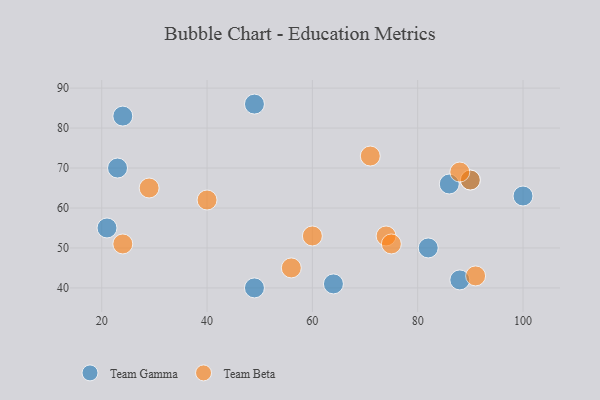
{"axis": {"x": "GDP", "y": "Life Expectancy"}, "legend": ["Team Beta", "Team Gamma"], "data": [{"x": "82", "y": 50, "type": "Team Gamma"}, {"x": "24", "y": 83, "type": "Team Gamma"}, {"x": "21", "y": 55, "type": "Team Gamma"}, {"x": "86", "y": 66, "type": "Team Gamma"}, {"x": "49", "y": 86, "type": "Team Gamma"}, {"x": "100", "y": 63, "type": "Team Gamma"}, {"x": "88", "y": 42, "type": "Team Gamma"}, {"x": "49", "y": 40, "type": "Team Gamma"}, {"x": "90", "y": 67, "type": "Team Gamma"}, {"x": "23", "y": 70, "type": "Team Gamma"}, {"x": "64", "y": 41, "type": "Team Gamma"}, {"x": "90", "y": 67, "type": "Team Beta"}, {"x": "24", "y": 51, "type": "Team Beta"}, {"x": "88", "y": 69, "type": "Team Beta"}, {"x": "91", "y": 43, "type": "Team Beta"}, {"x": "74", "y": 53, "type": "Team Beta"}, {"x": "56", "y": 45, "type": "Team Beta"}, {"x": "71", "y": 73, "type": "Team Beta"}, {"x": "75", "y": 51, "type": "Team Beta"}, {"x": "40", "y": 62, "type": "Team Beta"}, {"x": "60", "y": 53, "type": "Team Beta"}, {"x": "29", "y": 65, "type": "Team Beta"}]}